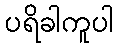
ပရိခါကူပါ